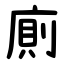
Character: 廁